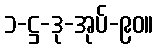
၁-ဋ္ဌ-ဒု-အုပ်-၉၀။